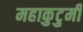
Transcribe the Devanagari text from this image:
महाकुटुमी